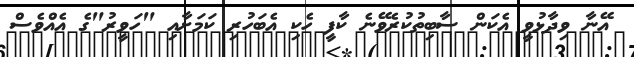
އޭނާ ވިދާޅުވީ އެކަން ސާބިތުކުރެވޭނެ ކާފީ ހެކި އެބަހުރި ކަމަށާއި "ހަވީރު"ގެ އެއްވެސް